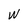
Character: W